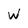
Character: w